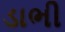
ડાભી